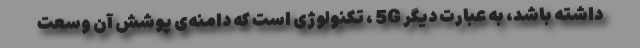
داشته باشد، به عبارت دیگر 5G ، تکنولوژی است که دامنه‌ی پوشش آن وسعت